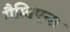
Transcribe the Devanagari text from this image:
गैम्बिएन्स